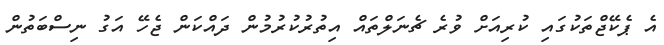
އެ ޕެކޭޖްތަކުގައި ކުރިއަށް ވުރެ ޗެނަލްތައް އިތުރުކުރުމުން ދައްކަން ޖެހޭ އަގު ނިސްބަތުން